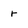
Character: r